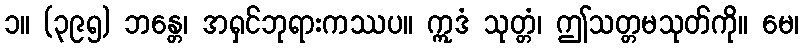
၁။ (၃၉၅) ဘန္တေ၊ အရှင်ဘုရားကဿပ။ ဣဒံ သုတ္တံ၊ ဤသတ္တမသုတ်ကို။ မေ၊